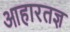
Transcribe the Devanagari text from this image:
आहारतज्ञ